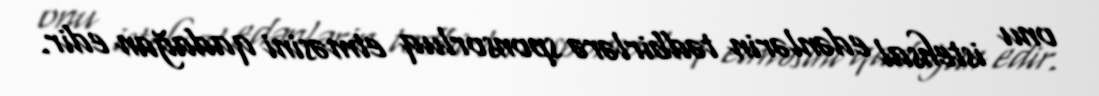
onu istehsal edənlərin tədbirlərə sponsorluq etməsini qadağan edir.